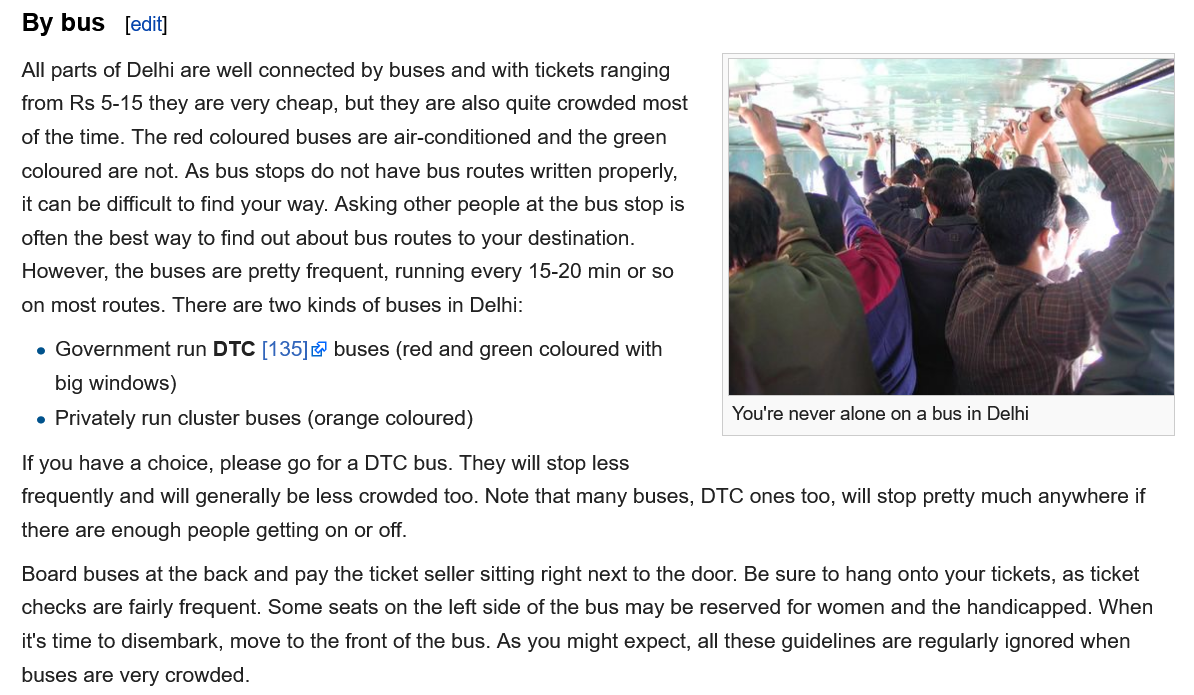
All parts of Delhi are well connected by buses and with tickets ranging
   from Rs 5-15 they are very cheap, but they are also quite crowded most
   of the time. The red coloured buses are air-conditioned and the green
   coloured are not. As bus stops do not have bus routes written properly,
   it can be difficult to find your way. Asking other people at the bus stop is
   often the best way to find out about bus routes to your destination.
   However, the buses are pretty frequent, running every 15-20 min or so
   on most routes. There are two kinds of buses in Delhi:
   If you have a choice, please go for a DTC bus. They will stop less
   frequently and will generally be less crowded too. Note that many buses, DTC ones too, will stop pretty much anywhere if
   there are enough people getting on or off.
   Board buses at the back and pay the ticket seller sitting right next to the door. Be sure to hang onto your tickets, as ticket
   checks are fairly frequent. Some seats on the left side of the bus may be reserved for women and the handicapped. When
   it's time to disembark, move to the front of the bus. As you might expect, all these guidelines are regularly ignored when
   buses are very crowded.
   By bus   [edit]
     You're never alone on a bus in Delhi
    e Government run DTC [135] buses (red and green coloured with
     big windows)
    e Privately run cluster buses (orange coloured)